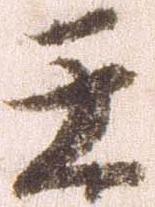
壬